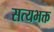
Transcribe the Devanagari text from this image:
सत्यभक्त